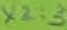
Text: X2:3